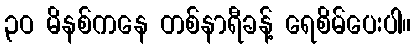
၃ဝ မိနစ်ကနေ တစ်နာရီခန့် ရေစိမ်ပေးပါ။